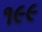
૧૯૯